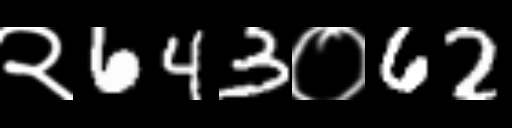
Text: २643०62